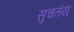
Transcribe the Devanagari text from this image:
सुचतंय